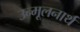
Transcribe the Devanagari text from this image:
उन्मूलनार्थ